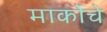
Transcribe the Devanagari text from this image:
मार्कोचे